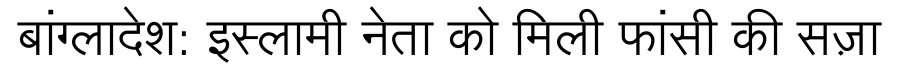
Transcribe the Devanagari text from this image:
बांग्लादेश: इस्लामी नेता को मिली फांसी की सज़ा